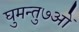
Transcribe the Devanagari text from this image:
घुमन्तु७ओं